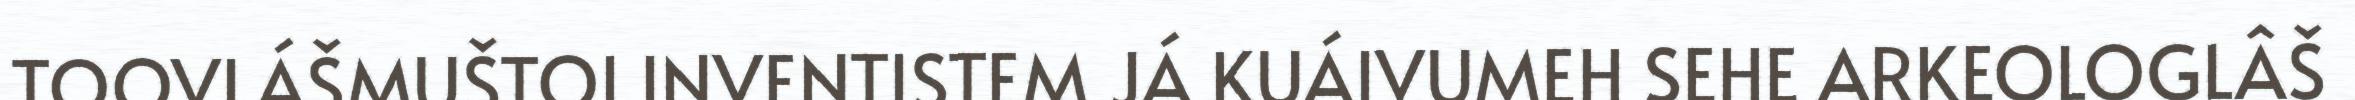
TOOVLÁŠMUŠTOI INVENTISTEM JÁ KUÁIVUMEH SEHE ARKEOLOGLÂŠ